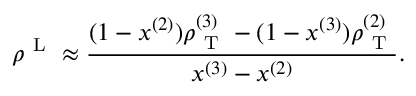
\rho ^ { \mathrm { ~ L ~ } } \approx \frac { ( 1 - x ^ { ( 2 ) } ) \rho _ { \mathrm { ~ T ~ } } ^ { ( 3 ) } - ( 1 - x ^ { ( 3 ) } ) \rho _ { \mathrm { ~ T ~ } } ^ { ( 2 ) } } { x ^ { ( 3 ) } - x ^ { ( 2 ) } } .